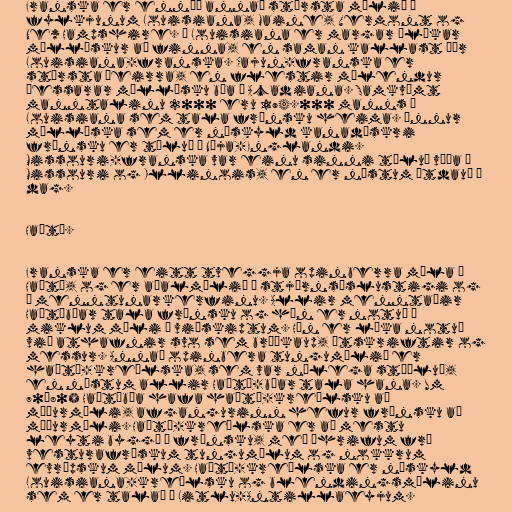
Franska er ennþá annað stærsta málið í
fylkjunum Louisiana, Maine, Vermont og
New Hampshire. Í Louisiana er margar ólíkar
mállýskur að finna, en saman kallast þær
Louisiana-franska. Cajun-franska er
stærsta þeirra, en flestir mælendur
þessarar mállýsku búa í Acadiana. Samkvæmt
manntalinu 2000 eru 194.000 manns í
Louisiana sem tala frönsku heima. Önnur
mállýska sem er náskyld kanadískri
frönsku er töluð í Nýja-Englandi.
Missouri-franska var einu sinni töluð víða í
Missouri og Illinois, en er næstum útdauð í
dag.

Haítí.

Franska er eitt tveggja opinberra mála á
Haítí, og er aðalmálið á stjórnsýslustigi og
í menntunarkerfinu. Allir menntaðir
Haítíbúar tala frönsku og hún er notuð í
miklum mæli í viðskiptum. Hún er líka notuð
við athafnir svo sem brúðkaup, útskriftir og
messur. Annað opinbera tungumálið er
haítí-kreólska, sem var nýlega stöðluð,
en næstum allir Haítí-búar tala hana. Um
70–80% Haítíbúa hafa haítí-kreólsku að
móðurmáli, afgangurinn hefur frönsku að
móðurmáli. Haítí-kreólska er að mestu
leyti byggð á frönsku, með áhrifum frá
vesturafrískum tungumálum og nokkrum
evrópskum málum. Haítí-kreólska er náskyld
Louisiana-kreólsku og blendingsmálinu
sem er talað á Litlu-Antillaeyjum.